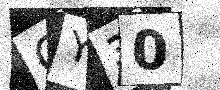
Text: QY30